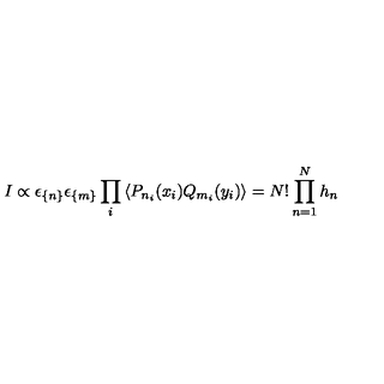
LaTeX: I \propto \epsilon _ { \{ n \} } \epsilon _ { \{ m \} } \prod _ { i } \left\langle P _ { n _ { i } } ( x _ { i } ) Q _ { m _ { i } } ( y _ { i } ) \right\rangle = N ! \prod _ { n = 1 } ^ { N } h _ { n }